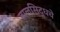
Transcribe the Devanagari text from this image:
बालसिद्धचे